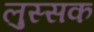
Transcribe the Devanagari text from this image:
लुस्सक